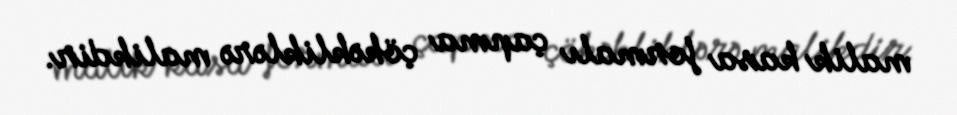
malik kasa formalı çapma çökəkliklərə malikdir.